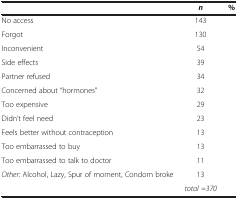
<table><thead><tr><td>[EMPTY_CELL]</td><td><b><i>n</i></b></td><td><b>%</b></td></tr></thead><tbody><tr><td>No access</td><td>143</td><td>[EMPTY_CELL]</td></tr><tr><td>Forgot</td><td>130</td><td>[EMPTY_CELL]</td></tr><tr><td>Inconvenient</td><td>54</td><td>[EMPTY_CELL]</td></tr><tr><td>Side effects</td><td>39</td><td>[EMPTY_CELL]</td></tr><tr><td>Partner refused</td><td>34</td><td>[EMPTY_CELL]</td></tr><tr><td>Concerned about “hormones”</td><td>32</td><td>[EMPTY_CELL]</td></tr><tr><td>Too expensive</td><td>29</td><td>[EMPTY_CELL]</td></tr><tr><td>Didn’t feel need</td><td>23</td><td>[EMPTY_CELL]</td></tr><tr><td>Feels better without contraception</td><td>13</td><td>[EMPTY_CELL]</td></tr><tr><td>Too embarrassed to buy</td><td>13</td><td>[EMPTY_CELL]</td></tr><tr><td>Too embarrassed to talk to doctor</td><td>11</td><td>[EMPTY_CELL]</td></tr><tr><td><i>Other:</i> Alcohol, Lazy, Spur of moment, Condom broke</td><td>13</td><td>[EMPTY_CELL]</td></tr><tr><td>[EMPTY_CELL]</td><td><i>total =370</i></td><td>[EMPTY_CELL]</td></tr></tbody></table>